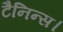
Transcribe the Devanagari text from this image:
टैनिन्स।